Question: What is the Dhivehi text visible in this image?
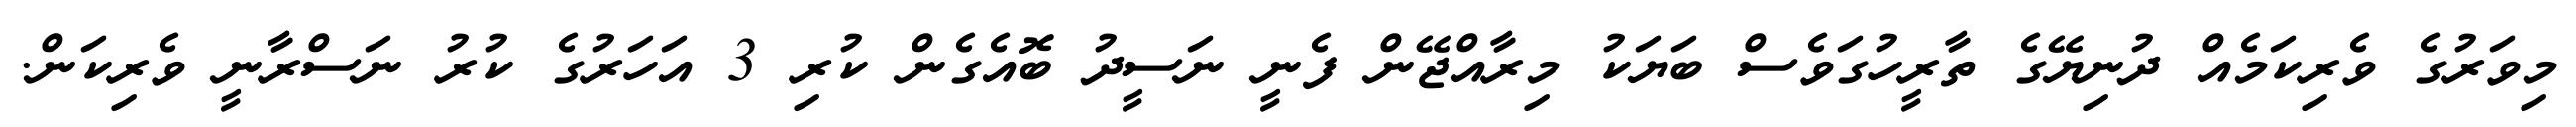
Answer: މިވަރުގެ ވެރިކަމެއް ދުނިޔޭގެ ތާރީހުގަވެސް ބަޔަކު މިރާއްޖޭން ފެނީ ނަސީދު ބޮއެގެން ކުރި 3 އަހަރުގެ ކުރު ނަސްރާނީ ވެރިކަން.